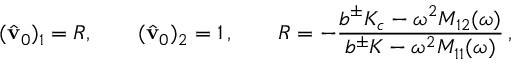
( \hat { \mathbf { v } } _ { 0 } ) _ { 1 } = R , \qquad ( \hat { \mathbf { v } } _ { 0 } ) _ { 2 } = 1 \, , \qquad R = - \frac { b ^ { \pm } K _ { c } - \omega ^ { 2 } M _ { 1 2 } ( \omega ) } { b ^ { \pm } K - \omega ^ { 2 } M _ { 1 1 } ( \omega ) } \, ,